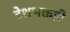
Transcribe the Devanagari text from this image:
देशभक्तही